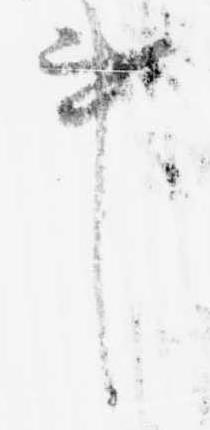
事